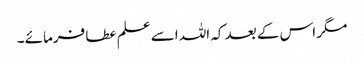
مگر اس کے بعد کہ اللہ اسے علم عطا فرمائے ۔